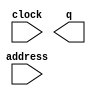
module Apod (
	address,
	clock,
	q);

	input	[10:0]  address;
	input	  clock;
	output	[63:0]  q;

endmodule